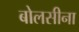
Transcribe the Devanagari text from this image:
बोलसीना